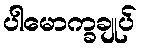
ပါမောက္ခချုပ်